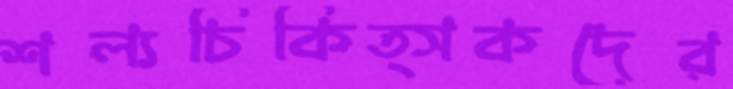
শল্যচিকিত্সকদের